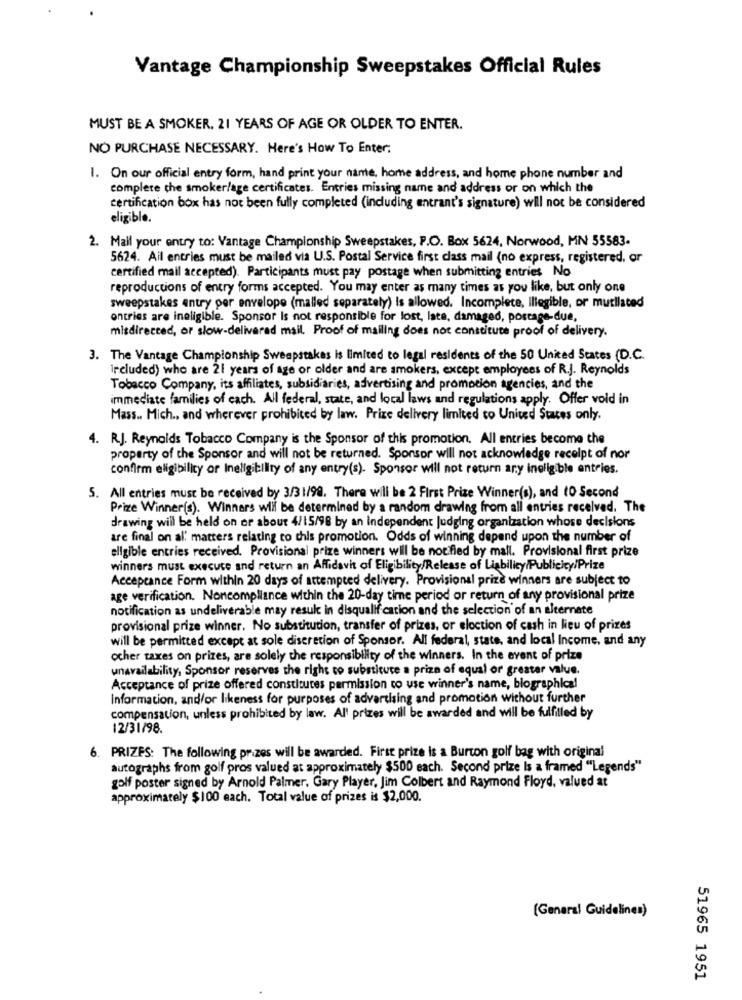
Vantage Championship Sweepstakes Official Rules
MUST BE A SMOKER. 21 YEARS OF AGE OR OLDER TO ENTER.
NO PURCHASE NECESSARY. Here's How To Enter:
1. On our official entry form, hand print your name, home address, and home phone number and
complete the smoker/age certificates. Entries missing name and address or on which the
certification box has not been fully completed (including entrant's signature) will not be considered
eligible .
2. Mail your entry to: Vantage Championship Sweepstakes, P.O. Box 5624, Norwood, MN 55583-
5624. Ail entries must be mailed via U.S. Postal Service first class mail (no express, registered, or
certified mail accepted). Participants must pay postage when submitting entries No
reproductions of entry forms accepted. You may enter as many times as you like, but only one
sweepstakes entry per envelope (malled separately) Is allowed. Incomplete, Illegible, or mutilated
ontries are ineligible. Sponsor Is not responsible for lost, late, damaged, postage-due,
misdirected, or slow-delivarad mail. Proof of mailing does not constitute proof of delivery.
3. The Vantage Championship Sweepstakes is limited to legal residents of the 50 United States (D.C.
included) who are 21 years of age or older and are smokers, except employees of R.J. Reynolds
Tobacco Company, its affiliates, subsidiaries, advertising and promotion agencies, and the
immediate families of each. All federal, state, and local laws and regulations apply. Offer vold in
Mass .. Mich ., and wherever prohibited by law. Prize delivery limited to United States only.
4. R.J. Reynolds Tobacco Company is the Sponsor of this promotion. All entries become the
property of the Sponsor and will not be returned. Sponsor will not acknowledge receipt of nor
confirm eligibility or Ineligibility of any entry(s). Sponsor will not return ary ineligible entries.
5. All entries must be received by 3/31/98. There will be 2 First Prize Winner(s), and 10 Second
Prize Winner(s). Winners will be determined by a random drawing from all entries received. The
drawing will be held on or about 4/15/98 by an independent Judging organization whose decisions
are final on al' matters relating to chis promotion. Odds of winning depend upon the number of
eligible entries received. Provisional prize winners will be notified by mail. Provisional first prize
winners must execute and return an Affidavit of Eligibility/Release of Liability/Publicicy/Prize
Acceptance Form within 20 days of attempted delivery. Provisional prize winners are subject to
age verification. Noncompliance within the 20-day time period or return of any provisional prize
notification as undeliverable may result in disqualification and the selection of an alternate
provisional prize winner. No substitution, transfer of prizes, or eloction of cash in lieu of prizes
will be permitted except at sole discretion of Sponsor. All federal, state, and local Income, and any
ocher taxes on prizes, are solely the responsibility of the winners. In the event of prize
unavailability, Sponsor reserves the right to substitute a prize of equal or greater value.
Acceptance of prize offered constitutes permission to use winner's name, biographical
Information, and/or likeness for purposes of advertising and promotion without further
compensation, unless prohibited by law. Al' prizes will be awarded and will be fulfilled by
12/31/98.
6. PRIZES: The following prizes will be awarded. First prize is a Burton golf bag with original
autographs from golf pros valued at approximately $500 each. Second prize Is a framed "Legends"
golf poster signed by Arnold Palmer, Gary Player, Jim Colbert and Raymond Floyd, valued at
approximately $100 each. Total value of prizes is $2,000.
(General Guidelines)
51965 1951